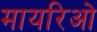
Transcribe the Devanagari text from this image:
मायरिओ